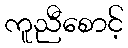
ကူညီစောင့်